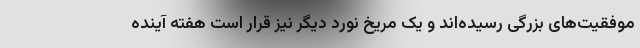
موفقیت‌های بزرگی رسیده‌اند و یک مریخ نورد دیگر نیز قرار است هفته آینده